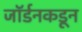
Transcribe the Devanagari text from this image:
जॉर्डनकडून